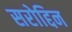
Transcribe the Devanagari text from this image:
सरोद्दिन